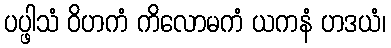
ပပ္ဖါသံ ဝိဟကံ ကိလောမကံ ယကနံ ဟဒယံ၊